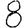
Digit: 8